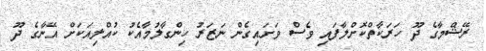
ރޭޝްމާގެ ދޫ ހަރަކާތްކޮށްލާފައި ވެސް ވަށައިގެން ނަޒަރު ހިންގާލުމާއެކު ކުއްލިއަކަށް އޭނާގެ ދޫ